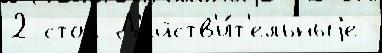
2 стол Д'ейств'и́т'ельныjе